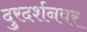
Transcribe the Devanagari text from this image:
दुरदर्शनवर